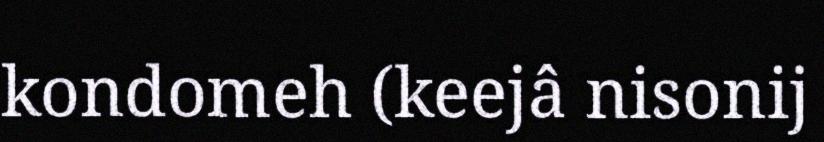
kondomeh (keejâ nisonij